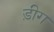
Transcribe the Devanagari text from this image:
ड़ीग